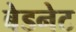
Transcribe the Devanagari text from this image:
बेडनेट